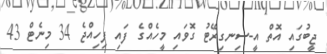
ޖީބުގައި އޮތް އީ-ސިނގިރޭޓު ގޮވައި މީހެއްގެ ފައި ފިހިއްޖެ 34 މިނެޓް 43